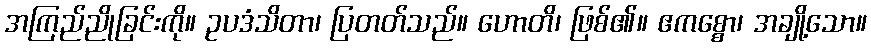
အကြည်ညိုခြင်းကို။ ဥပဒံသိတာ၊ ပြတတ်သည်။ ဟောတိ၊ ဖြစ်၏။ ဧကစ္စော၊ အချို့သော။